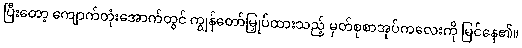
ပြီးတော့ ကျောက်တုံးအောက်တွင် ကျွန်တော်မြှုပ်ထားသည့် မှတ်စုစာအုပ်ကလေးကို မြင်နေ၏။